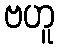
ဗဟူ